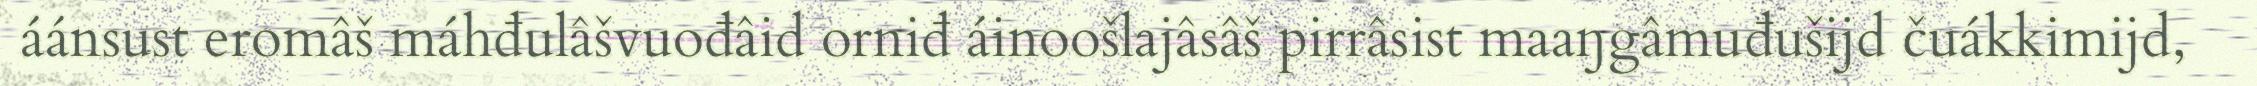
áánsust eromâš máhđulâšvuođâid orniđ áinoošlajâsâš pirrâsist maaŋgâmuđušijd čuákkimijd,